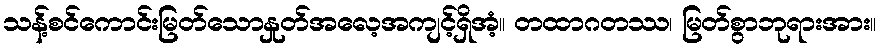
သန့်စင်ကောင်းမြတ်သောနှုတ်အလေ့အကျင့်ရှိအံ့။ တထာဂတဿ၊ မြတ်စွာဘုရားအား။